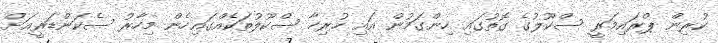
ކުރިން ޕްރައިމަރީ ސްކޫލުގެ ގޮތުގައި ހިންގަމުން އައި ހުރިހާ ސްކޫލުތަކެއްގައިހެން މިހާރު ސެކަންޑަރީއަށް